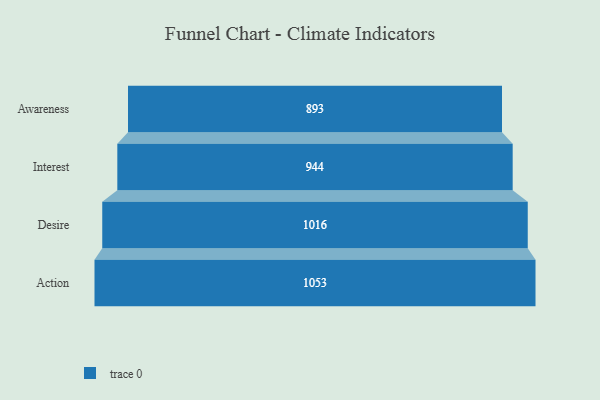
{"axis": {"x": "Stage", "y": "Value"}, "legend": [""], "data": [{"x": "Awareness", "y": 893.0, "type": ""}, {"x": "Interest", "y": 944.0, "type": ""}, {"x": "Desire", "y": 1016.0, "type": ""}, {"x": "Action", "y": 1053.0, "type": ""}]}